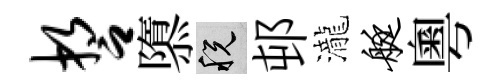
誓隳税邨瀧艇粵